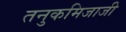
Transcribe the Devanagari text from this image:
तनुकमिजाजी